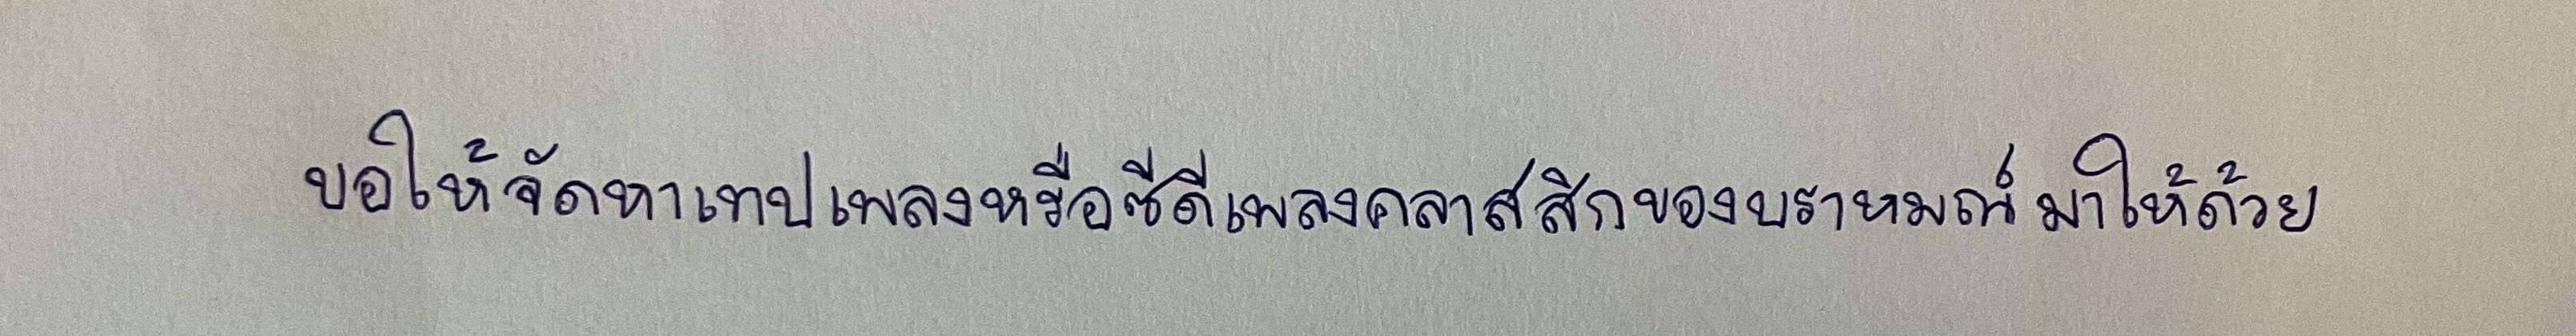
ขอให้จัดหาเทปเพลงหรือซีดีเพลงคลาสสิกของบราหมณ์มาให้ด้วย